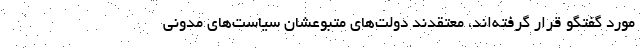
مورد گفتگو قرار گرفته‌اند، معتقدند دولت‌های متبوعشان سیاست‌های مدونی